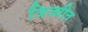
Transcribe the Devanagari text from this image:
त्रिज्यीत